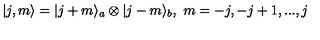
| j , m \rangle = | j + m \rangle _ { a } \otimes | j - m \rangle _ { b } , \ m = - j , - j + 1 , . . . , j